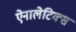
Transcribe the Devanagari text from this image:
ऐनालेटिक्स